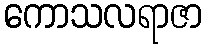
ကောသလရာဇာ